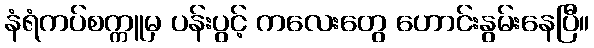
နံရံကပ်စက္ကူမှ ပန်းပွင့် ကလေးတွေ ဟောင်းနွမ်းနေပြီ။